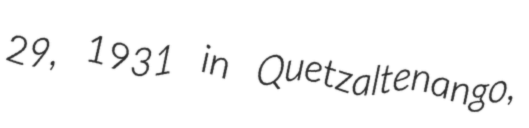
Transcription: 29, 1931 in Quetzaltenango,